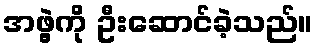
အဖွဲ့ကို ဦးဆောင်ခဲ့သည်။